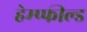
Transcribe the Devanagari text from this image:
हेम्प्फील्ड